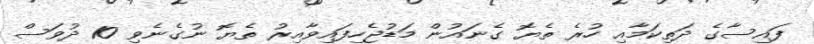
ފައިސާގެ ދަތިކަމާއި ހުރެ ތެޔޮ ގެނައުން މަޑުޖެހިފައިވާއިރު ތެޔޮ ނުގެނެވި 10 ދުވަސް